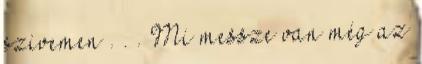
szivemen . . . Mi messze van még az